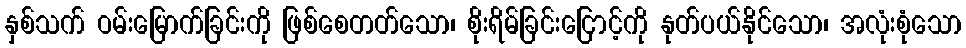
နှစ်သက် ဝမ်းမြောက်ခြင်းကို ဖြစ်စေတတ်သော၊ စိုးရိမ်ခြင်းငြောင့်ကို နုတ်ပယ်နိုင်သော၊ အလုံးစုံသော